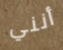
أنني